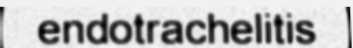
endotrachelitis